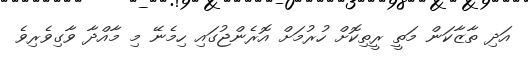
އަދި ތާޒާކަން މަތީ ރީތިކޮށް ހުރުމަށް އޮރެންޖުގައި ހިމެނޭ މި މާއްދާ ވާގިވެރިވެ